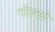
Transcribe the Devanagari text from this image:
गोस्सो